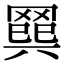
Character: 𦋭